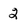
Character: 2